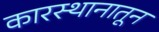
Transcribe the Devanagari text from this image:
कारस्थानातून